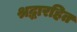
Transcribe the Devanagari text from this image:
श्रद्धारहित